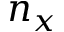
n _ { x }